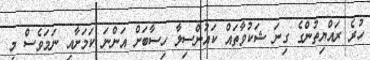
ހުރެ ރައްޔިތުންގެ ގިނަ ޝަކުވާތައް ކައުންސިލާ ހިސާބަށް އަންނަ ކަމަށާއި ނަމަވެސް މި